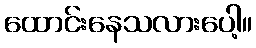
ထောင်းနေသလားပေါ့။